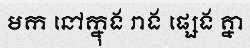
មក នៅក្នុង រាង ផ្សេង គ្នា